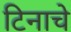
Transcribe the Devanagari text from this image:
टिनाचे